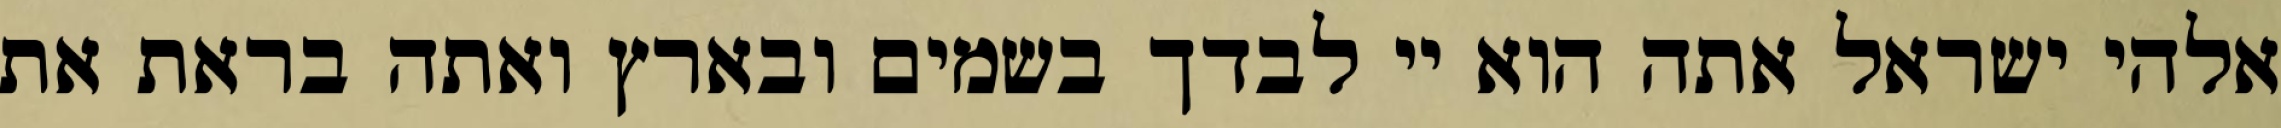
אלהי ישראל אתה הוא יי לבדך בשמים ובארץ ואתה בראת את